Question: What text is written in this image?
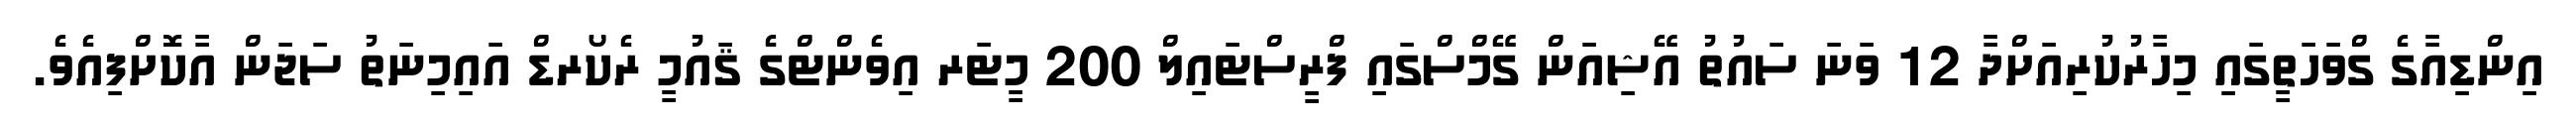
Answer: އިންޑިއާގެ ގްވަހަތީގައި މިހާރުކުރިއަށްދާ 12 ވަނަ ސައުތު އޭޝިއަން ގޭމްސްގައި ފްރީސްޓައިލް 200 މީޓަރ އިވެންޓްގެ ޤައުމީ ރެކޯރޑް އައިމިނަތު ސަޖަން އާކޮށްފިއެވެ.